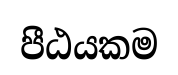
පීඨයකම